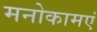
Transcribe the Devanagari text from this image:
मनोकामएं